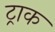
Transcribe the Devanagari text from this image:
ट्राक